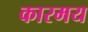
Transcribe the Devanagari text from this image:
कारमय